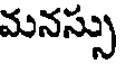
మనస్సు